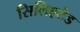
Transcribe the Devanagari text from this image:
सिलिएटेड